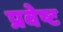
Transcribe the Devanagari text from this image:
प्रवेष्ट